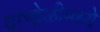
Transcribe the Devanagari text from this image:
दाभोळीमध्ये